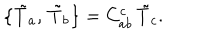
\bigl \{ \tilde { T } _ { a } , \, \tilde { T } _ { b } \bigr \} = C _ { a b } ^ { c } \, \tilde { T } _ { c } .